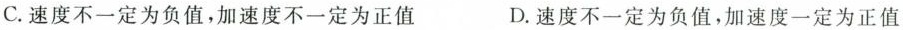
C.速度不一定为负值，加速度不一定为正值 D.速度不一定为负值，加速度一定为正值